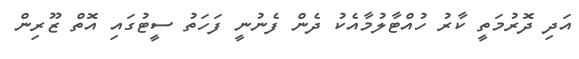
އަދި ދޮރުމަތީ ކާރު ހުއްޓާލުމާއެކު ދެން ފެނުނީ ފަހަތު ސީޓުގައި އޮތް ޒޫރިން